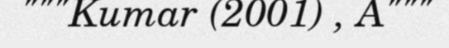
"""Kumar (2001) , A"""